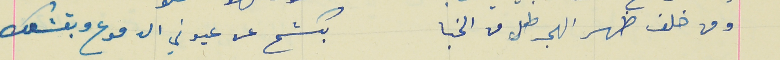
ومن خلف ظهر الهجر طل من الخبا                                بكشح عن عيوني الدموع وبقشعك